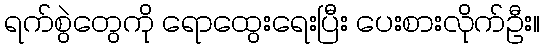
ရက်စွဲတွေကို ရောထွေးရေးပြီး ပေးစားလိုက်ဦး။